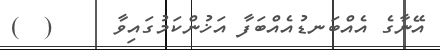
އޭނާގެ އެއްބަނޑުއެއްބަފާ އަޚުންކަމުގައިވާ     (  )